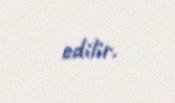
edilir.